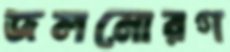
জলমোরগ